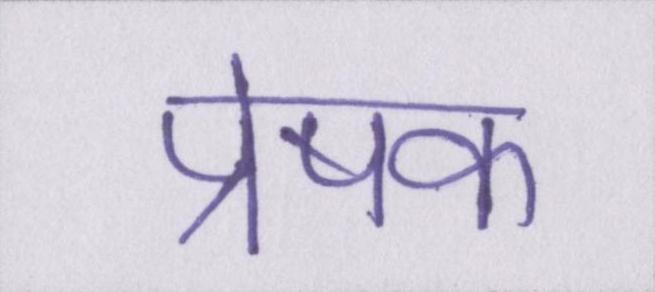
प्रेषक